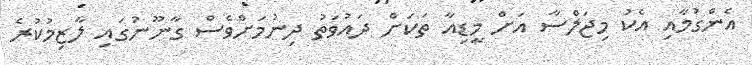
އެންގުމާއި އެކު މިޖަލްސާ އަށް މީޑިއާ ތަކަށް ދައުވަތު ދިނުމަށްވެސް ގާނޫނުގައި ލާޒިމުކުރެ